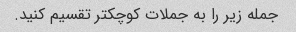
جمله زیر را به جملات کوچکتر تقسیم کنید.